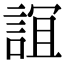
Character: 𧨏